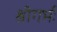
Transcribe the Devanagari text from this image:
श्रीगर्भः